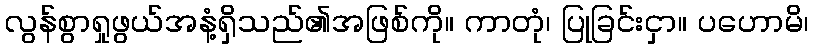
လွန်စွာရှုဖွယ်အနံ့ရှိသည်၏အဖြစ်ကို။ ကာတုံ၊ ပြုခြင်းငှာ။ ပဟောမိ၊